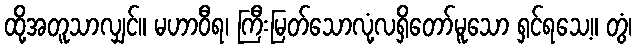
ထို့အတူသာလျှင်။ မဟာဝီရ၊ ကြီးမြတ်သောလုံ့လရှိတော်မူသော ရှင်ရသေ့။ တွံ၊